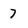
Character: 7